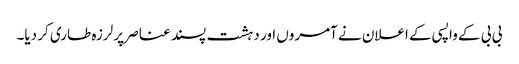
بی بی کے واپسی کے اعلان نے آمروں اور دہشت پسند عناصر پر لرزہ طاری کر دیا۔